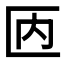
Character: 𠥮